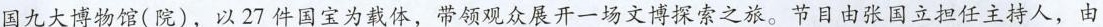
国九大博物馆(院)，以27件国宝为载体，带领观众展开一场文博探索之旅。节目由张国立担任主持人，由